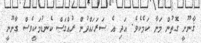
ޤާނޫނީ ގޮތުން މަނާ ކަމެކެވެ. އަދި އެ ސަރަހައްދުން ރުއްގަސް ކެނޑުމަކީވެސް ގާނޫނީ